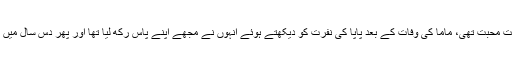
انہیں ماما سے بہت محبت تھی، ماما کی وفات کے بعد پاپا کی نفرت کو دیکھتے ہوئے انہوں نے مجھے اپنے پاس رکھ لیا تھا اور پھر دس سال میں ان کے پاس رہی۔